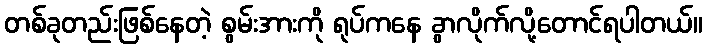
တစ်ခုတည်းဖြစ်နေတဲ့ စွမ်းအားကို ရုပ်ကနေ ခွာလိုက်လို့တောင်ရပါတယ်။